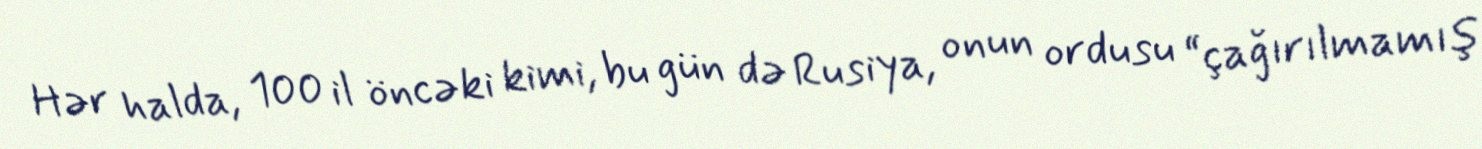
Hər halda, 100 il öncəki kimi, bu gün də Rusiya, onun ordusu “çağırılmamış